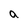
Character: a